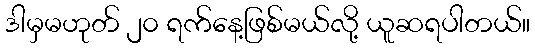
ဒါမှမဟုတ် ၂၀ ရက်နေ့ဖြစ်မယ်လို့ ယူဆရပါတယ်။